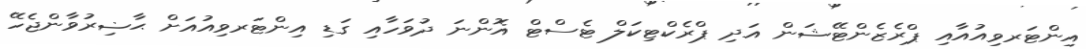
އިންޓަރވިއުއާއި ޕްރެޒެންޓޭޝަން އަދި ޕްރެކްޓިކަލް ޓެސްޓް އޮންނަ ދުވަހާއި ގަޑި އިންޓަރވިއުއަށް ޙާޟިރުވާންޖެހޭ